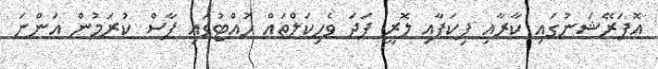
އޮޕަރޭޝަނުގައި ކާރާއި ޕިކަޕާއި ލޮރީ ފަދަ ވެހިކަލްތައް ހުއްޓުވައި ފާސް ކުރަމުން އަންނަ